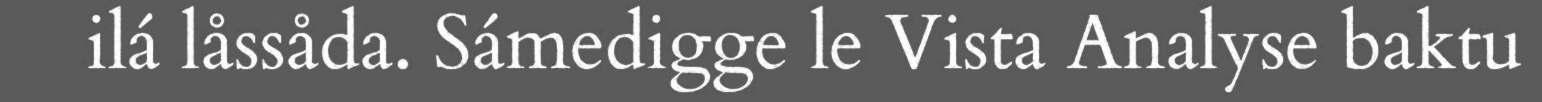
ilá låssåda. Sámedigge le Vista Analyse baktu